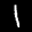
Label: 1